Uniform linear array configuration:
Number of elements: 12
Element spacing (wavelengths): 0.5
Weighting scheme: exponential
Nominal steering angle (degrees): -30
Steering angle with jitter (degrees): -28.122
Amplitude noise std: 0.05
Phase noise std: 0.05

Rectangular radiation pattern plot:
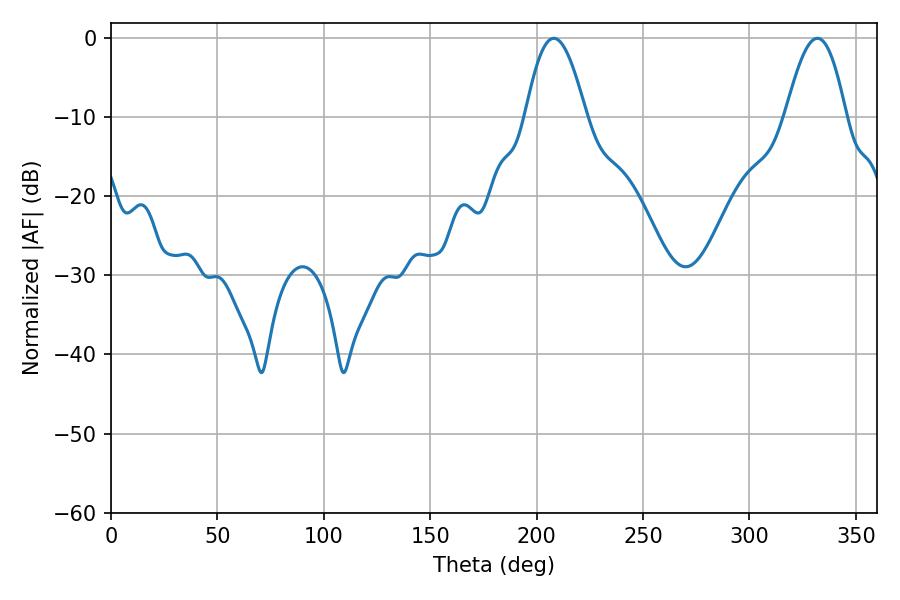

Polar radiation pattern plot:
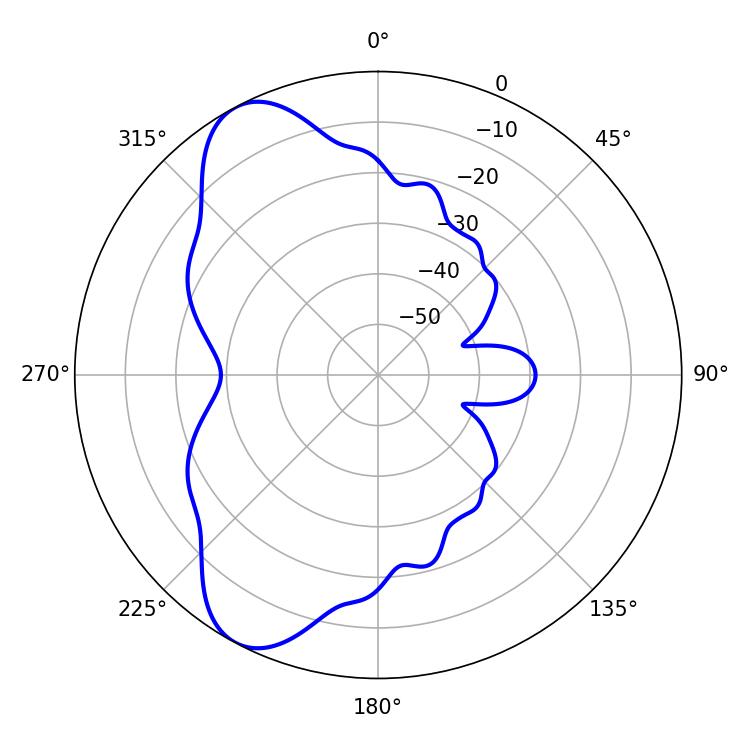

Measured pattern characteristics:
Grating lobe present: FALSE
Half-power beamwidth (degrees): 15.3
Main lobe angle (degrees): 208.08